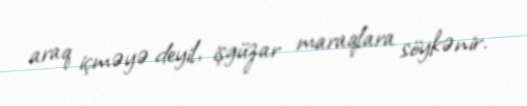
araq içməyə deyil, işgüzar maraqlara söykənir.